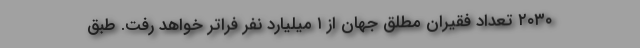
۲۰۳۰ تعداد فقیران مطلق جهان از ۱ میلیارد نفر فراتر خواهد رفت. طبق